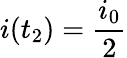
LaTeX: i(t_{2})=\frac{i_{0}}{2}